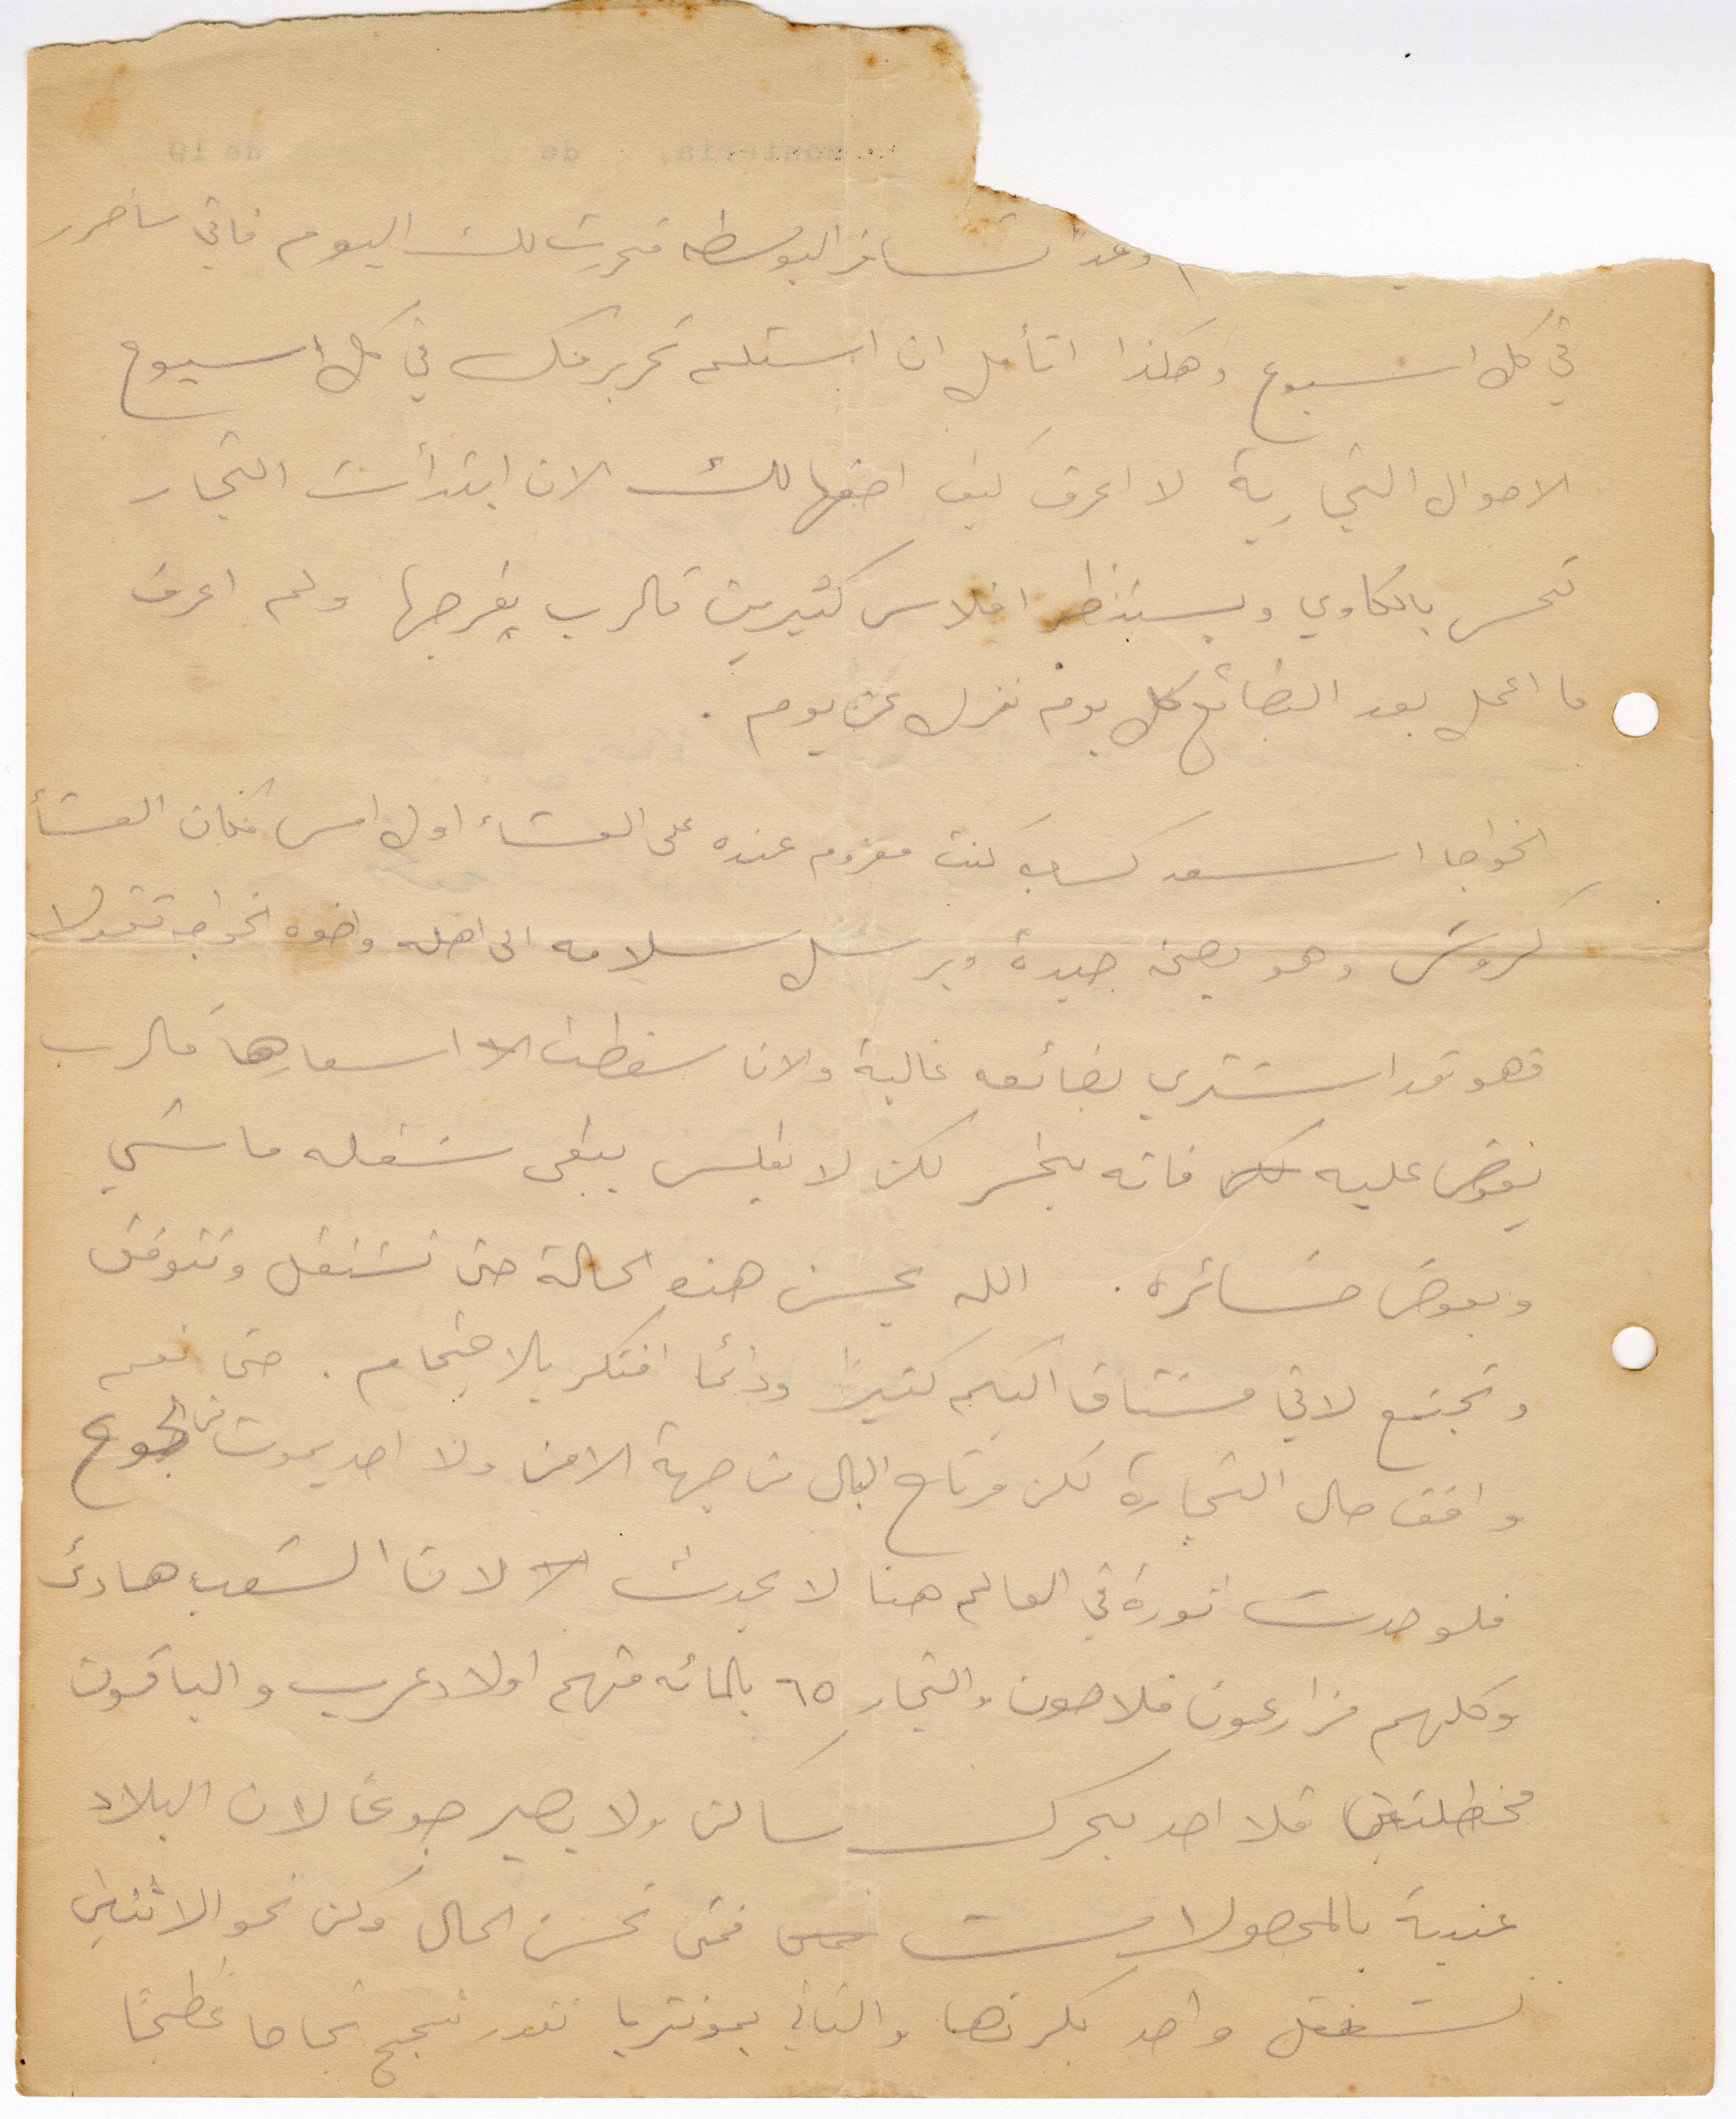
وهذا تسافر البوسطة فحررت لك اليوم فاني سأحرر
في كل أسبوع وهكذا أتأمل ان استلم تحرير منك في كل أسبوع
الأحوال التجارية لا اعرف كف اصفها لك الان ابتدأت التجار
تحسر بالكاوي ويستنظر افلاس كثيرين فالرب يفرجها ولم اعرف
ما اعمال بعد البضائع كل يوم تنزل عن يوم
كنت معزوم عنده على العشاء اول امس فكان العشاء
كروش وهو بصحة جيدة ويرسل سلامه الى اهله واخوه الخواجة نقولا
فهو قد اشترى بضائعه غالية والآن سقطت أسعارها فالرب
يعوض عليه فانه يخسر لكن لا يفلس يبقى شغله ماشي
ويعوض خسائره. الله يحسن هذه الحالة حتى نشتغل ونتوفق
ونجتمع لاني مشتاق اليكم كثيرًا ودائمًا افتكر بالاحتجام. حتى نعم
واقف حال التجارة لكن مرتاح البال من جهة الامن ولا احد يموت من الجوع
فلو حدث ثورة في العالم هنا لا يحدث لان الشعب هادئ
وكلهم مزارعون فلاحون والتجارة ٦٥ بالمئة منهم أولاد عرب والباقون
مختلطين فلا احد يحرك ساكن ولا يصير جوعًا لان البلاد
غنية بالمحصولات فمتى تحسن الحال وكن نحو الاثنين
نشتغل واحد بكرتها والثاني بمونتريا نقدر نجح نجاحًا عظيمًا